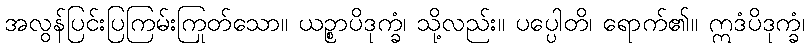
အလွန်ပြင်းပြကြမ်းကြုတ်သော။ ယဉ္စာပိဒုက္ခံ၊ သို့လည်း။ ပပ္ပေါတိ၊ ရောက်၏။ ဣဒံပိဒုက္ခံ၊